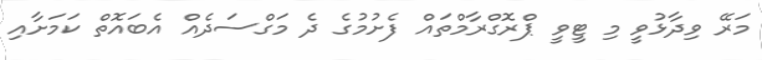
މަރޭ ވިދާޅުވީ މި ޓީވީ ޕްރޮގްރާމްތައް ފެށުމުގެ ދެ މަގްސަދެއް އެބައޮތް ކަމަށާއި